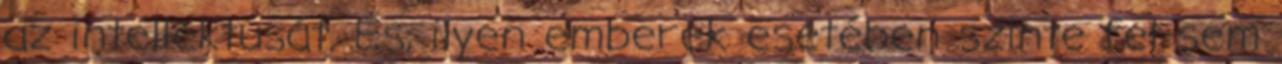
az intellektusát. És, ilyen emberek esetében szinte fel sem